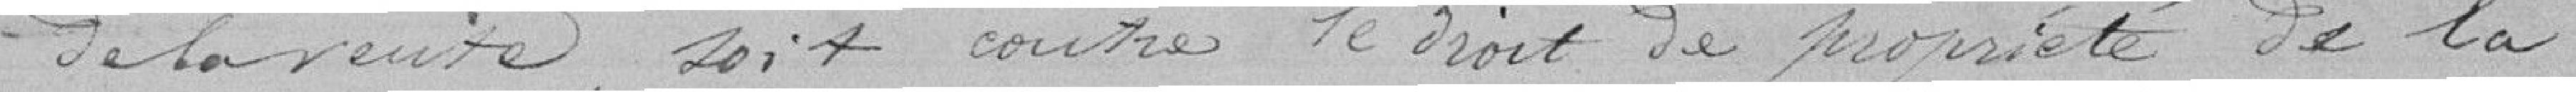
de la vente, soit contre le droit de propriété de la